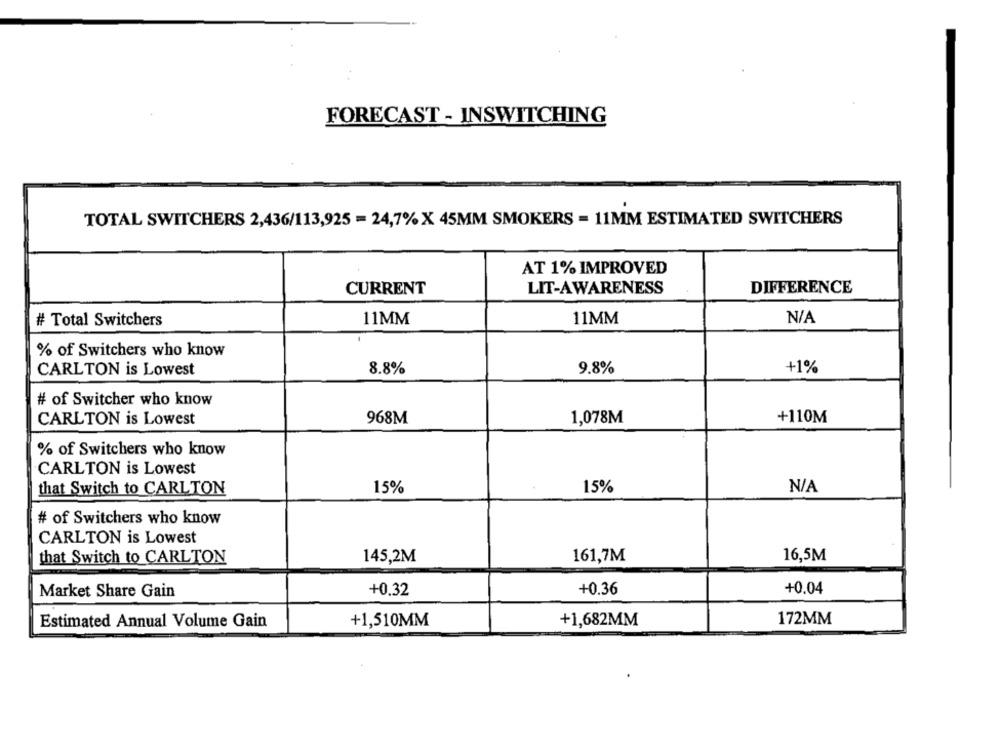
FORECAST - INSWITCHING
TOTAL SWITCHERS 2,436/113,925 = 24,7% X 45MM SMOKERS = 11MM ESTIMATED SWITCHERS
AT 1% IMPROVED
CURRENT
LIT-AWARENESS
DIFFERENCE
# Total Switchers
11MM
11MM
% of Switchers who know
CARLTON is Lowest
8.8%
9.8%
+1%
# of Switcher who know
CARLTON is Lowest
968M
1,078M
+110M
% of Switchers who know
CARLTON is Lowest
that Switch to CARLTON
15%
15%
# of Switchers who know
CARLTON is Lowest
that Switch to CARLTON
145,2M
161,7M
16,5M
Market Share Gain
+0.32
+0.36
+0.04
Estimated Annual Volume Gain
+1,510MM
+1,682MM
172MM